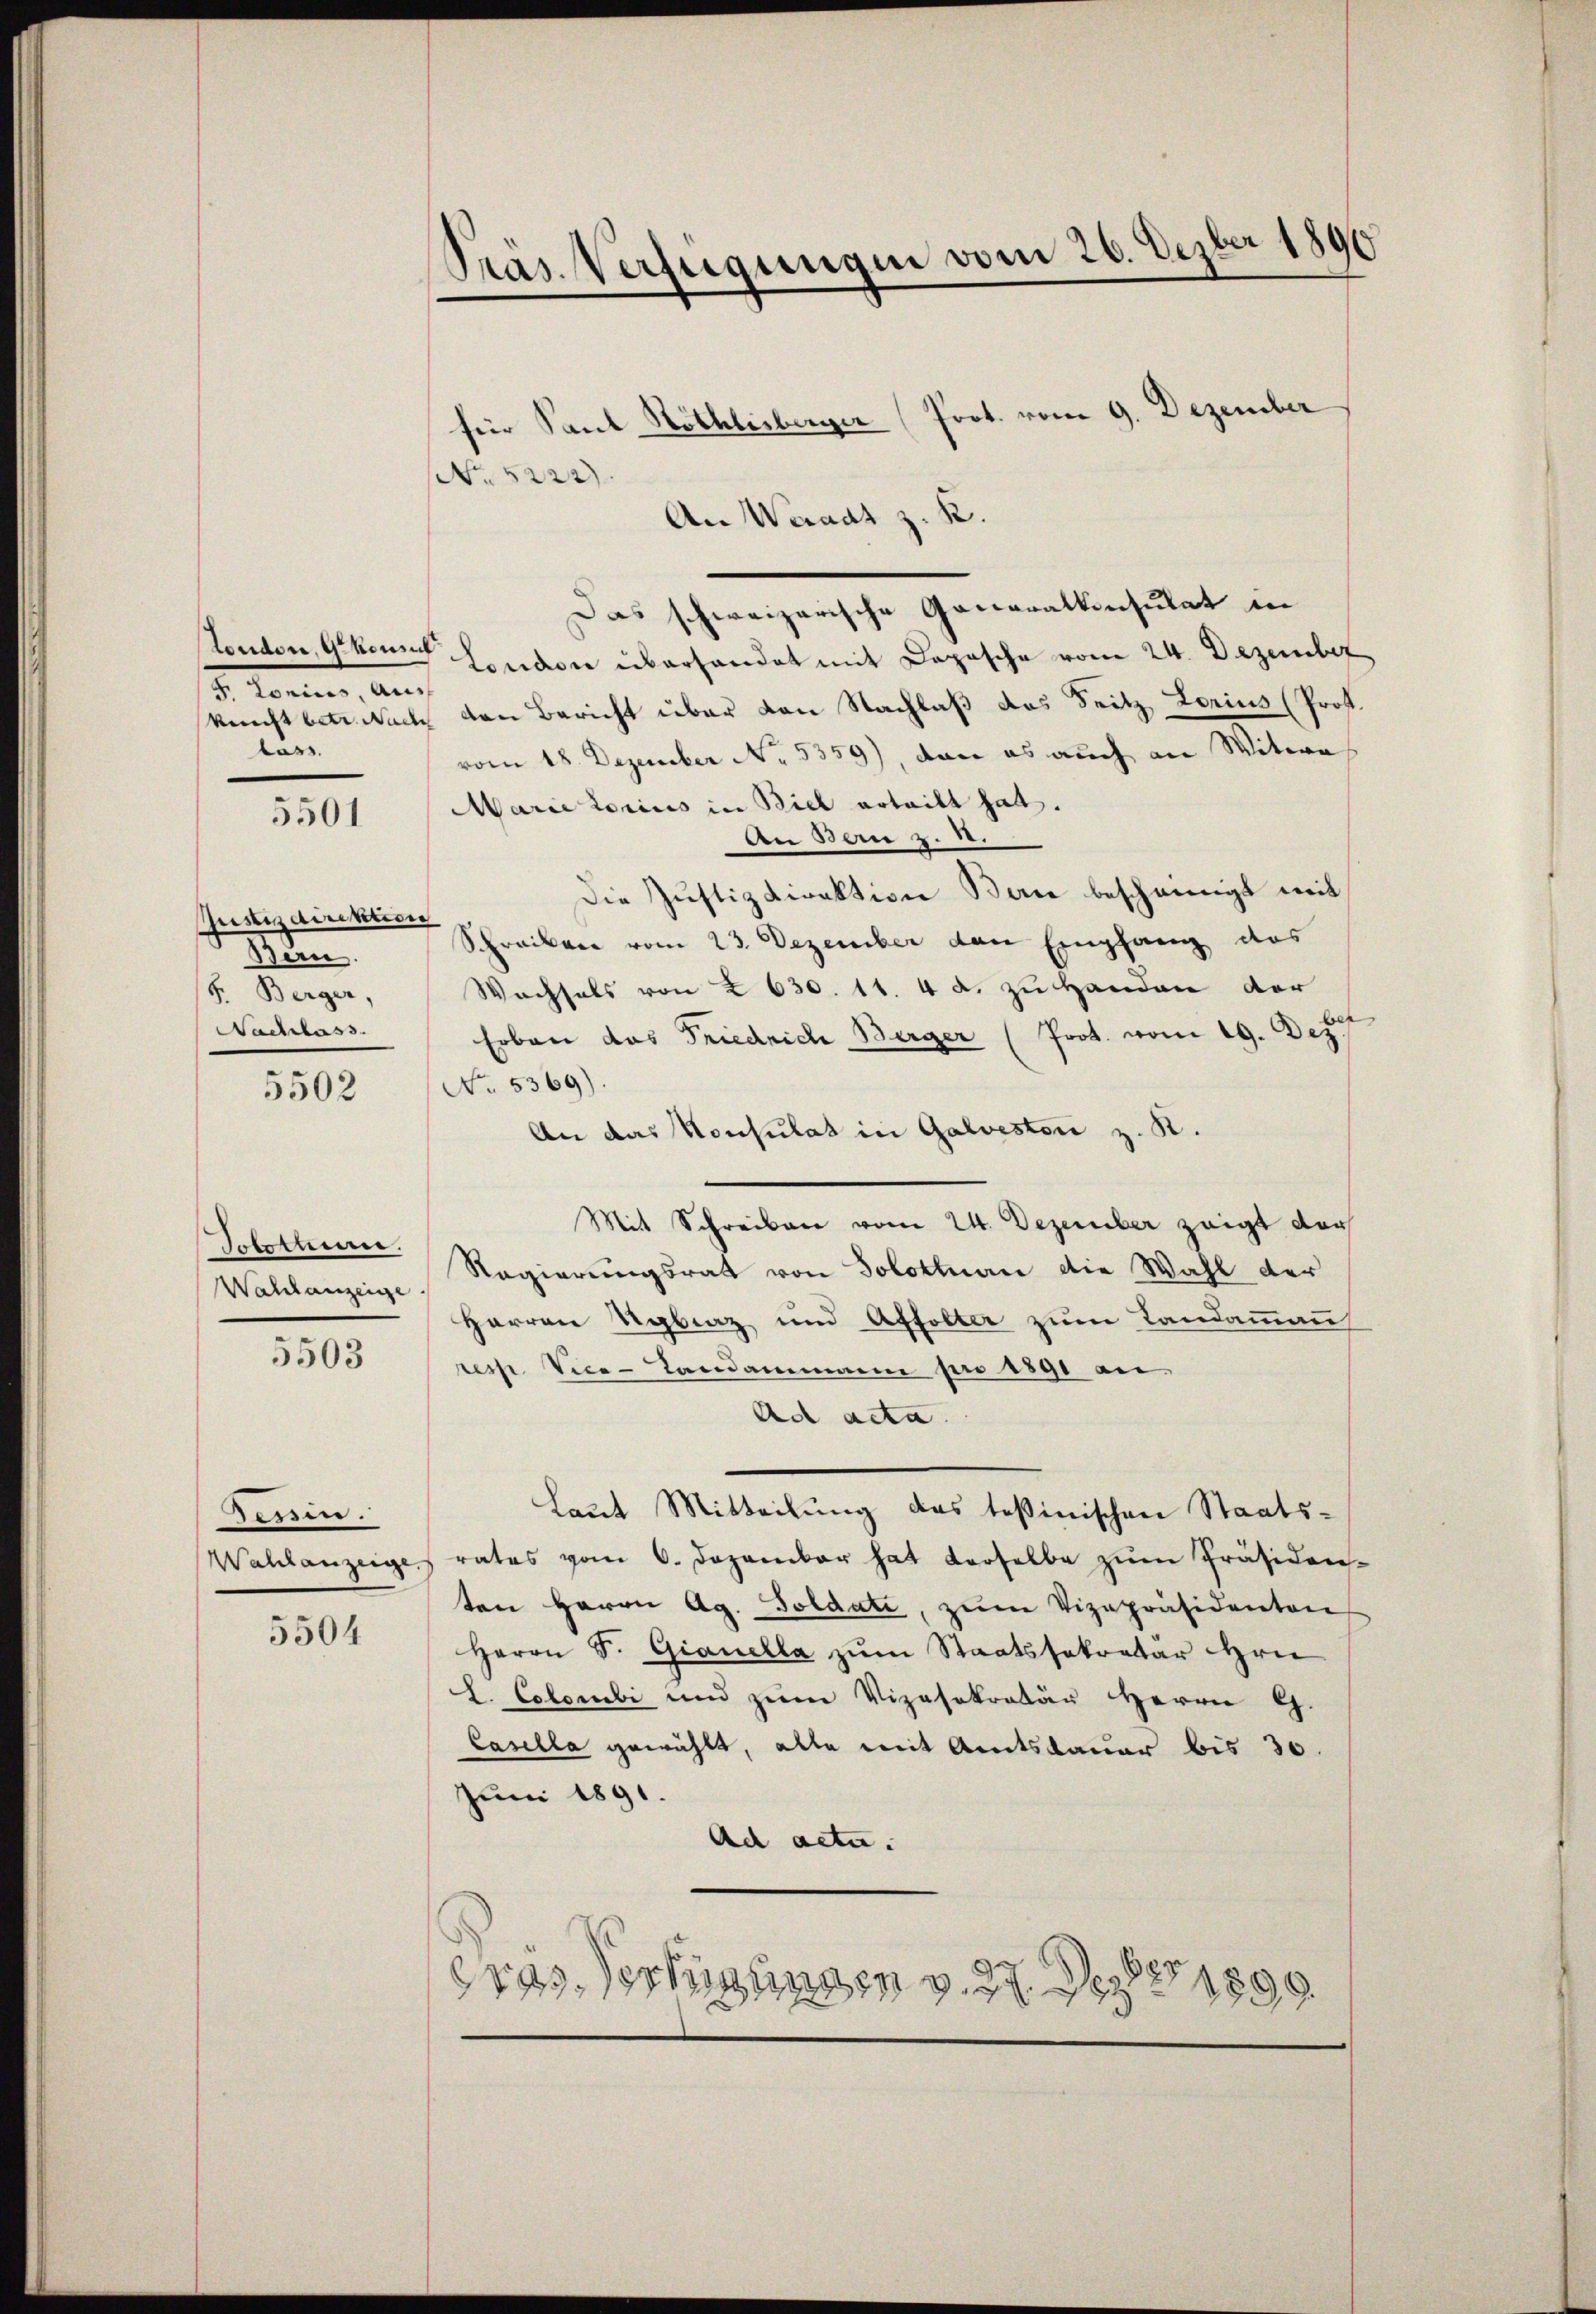
London, u. konnt
I. Renten, au
lass

5501

Justizdirektion
Bern.
F. Berger,
Nachlass.

5502

Wahlanzeige

5503

Tessin.
5504

Präs. Verfügungen vom 26. Dezber 1890

für Paul Höthlisberger (Prot. vom 9. Dezember
 5222)
An Weraat z. B.
Das schweizerische Generalkonsulat in
London überhandet mit Depesche vom 24. Dezember
kunst betr. Nach den Bericht über von Nachlaß das Seitz Lorius (Prof.
vom 18. Dezember No. 5359), dann es auch an Witwe
Marie Lorius in Biel erteilt hat.
An Bern z. B.
Die Justizdirektion Berne bescheinigt mit
Schreiben vom 23. Dezember den Empfang das
Wachsels von I 630. 11. 4 d. zu Handen der
Erben das Friedrich Berger (Prot. vom 19. Dez
No. 5369).
An das Konsulat in Galvestori z. R.
Mit Schreiben vom 24. Dezember zeigt dar
Solothurn Regierungsrat von Solothurn die Wahl der
Herren Rgbraz und Affolter zum Landammann
resp. Vice-Landammann pro 1891 an
Ad acta.
Laut Mitteilung des Teßinischen Staats¬
Wahlanzeige, rates vom 6. Dezember hat derselbe zŭm Präsiden-
ten Herrn Ag. Soldate, zum Vizepräsidenten
Herrn S. Gianella zum Staatssekretar Hrn
L. Colombe und zum Vizasekretär HHerrn G.
Casella gewählt, alle mit Amtsdauer bis 30.
Juni 1891.
Ad actu.
ras. Verfügungen v. 27. Der 188
.